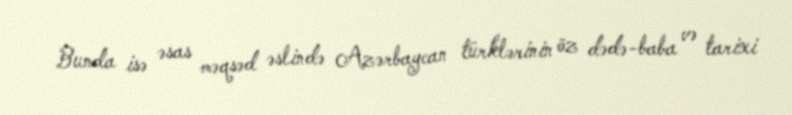
Bunda isə əsas məqsəd əslində Azərbaycan türklərinin öz dədə-baba və tarixi